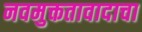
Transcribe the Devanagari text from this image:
नवमुक्ततावादाचा